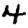
Digit: 4